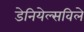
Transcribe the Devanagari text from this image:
डेनियेल्सविले